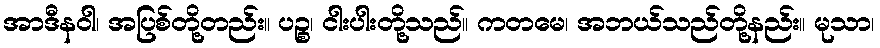
အာဒီနဝါ၊ အပြစ်တို့တည်း။ ပဉ္စ၊ ငါးပါးတို့သည်။ ကတမေ၊ အဘယ်သည်တို့နည်း။ မုသာ၊